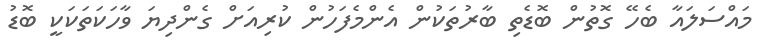
މައްސަލައާ ބެހޭ ގޮތުން ބޮޑެތި ބާރުތަކުން އެންމެފަހުން ކުރިއަށް ގެންދިޔަ ވާހަކަތަކަކީ ބޮޑު